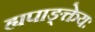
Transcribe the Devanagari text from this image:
ह्यपाङ्क्तेयः